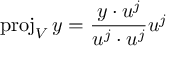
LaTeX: \operatorname { p r o j } _ { V } y = { \frac { y \cdot u ^ { j } } { u ^ { j } \cdot u ^ { j } } } u ^ { j }